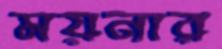
ময়নার